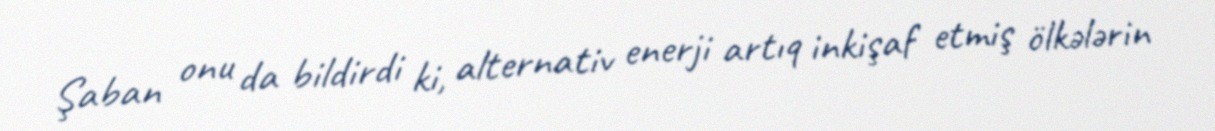
Şaban onu da bildirdi ki, alternativ enerji artıq inkişaf etmiş ölkələrin